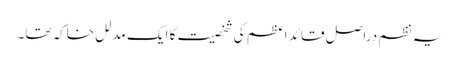
یہ نظم دراصل قائدِ اعظم کی شخصیت کا ایک مدلل خاکہ تھا۔